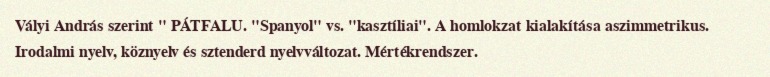
Vályi András szerint " PÁTFALU. "Spanyol" vs. "kasztíliai". A homlokzat kialakítása aszimmetrikus. Irodalmi nyelv, köznyelv és sztenderd nyelvváltozat. Mértékrendszer.